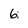
Character: 6